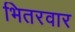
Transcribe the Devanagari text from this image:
भितरवार